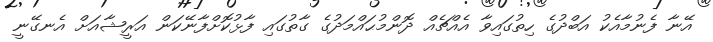
އޭނާ ފެނުމާއެކު އަބްދުގެ ހިތުގައިވާ އެއްޗެއް ދޮންމުޙައްމަދުގެ ގާތުގައި ފާޅުކޮށްފާނޭކަން އަރީޝާއަށް އެނގޭނީ